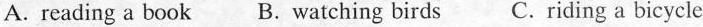
A.reading a book B. Watching birds C. riding a bicycle